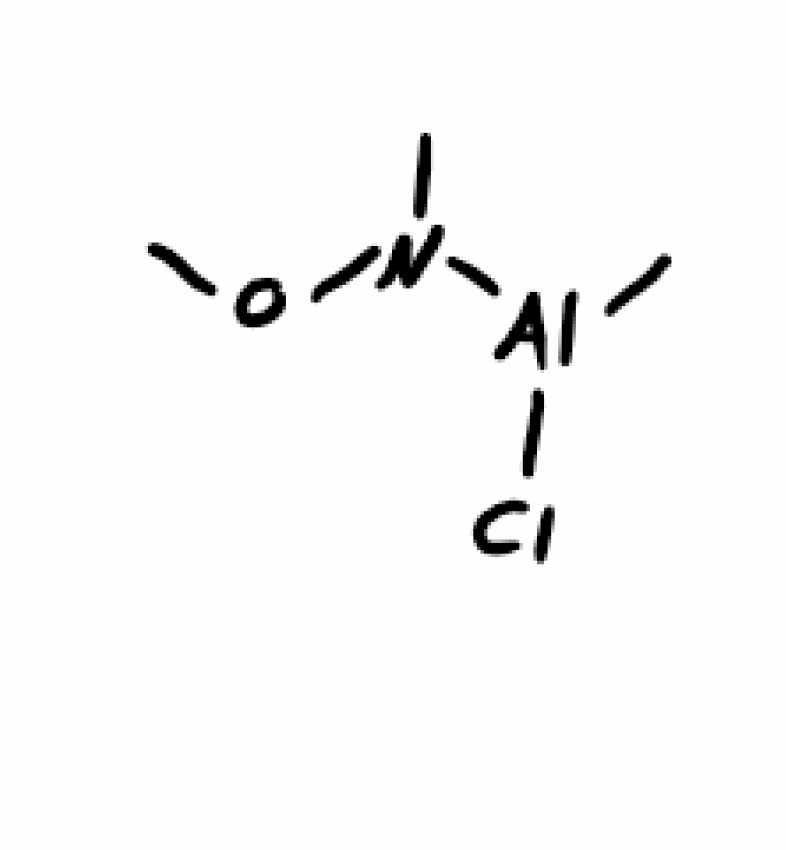
Simplified molecular-input line-entry system (SMILES) notation of the given molecule:
CN(OC)[Al](C)Cl